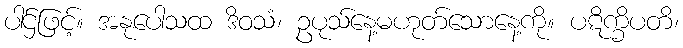
ပါဌ်ဖြင့်။ အနုပေါသထ ဒိဝသံ၊ ဥပုသ်နေ့မဟုတ်သောနေ့ကို။ ပဋိက္ခိပတိ၊